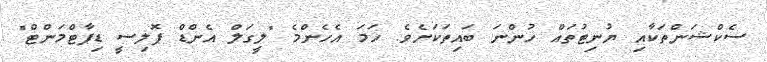
ސެކްޝަންތަކާއި ޔުނިޓުތައް ހުންނަ ބައިތަކަށެވެ. ހަމަ އެހެންމެ "ލީގަލް އެންޑް ޕޮލިސީ ޑިޕާޓްމަންޓް"